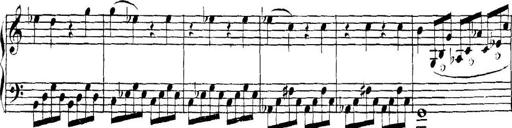
Title: Collected Piano Sonatas
Composer: Muzio Clementi